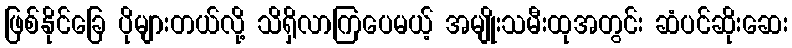
ဖြစ်နိုင်ခြေ ပိုများတယ်လို့ သိရှိလာကြပေမယ့် အမျိုးသမီးထုအတွင်း ဆံပင်ဆိုးဆေး